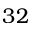
3 2